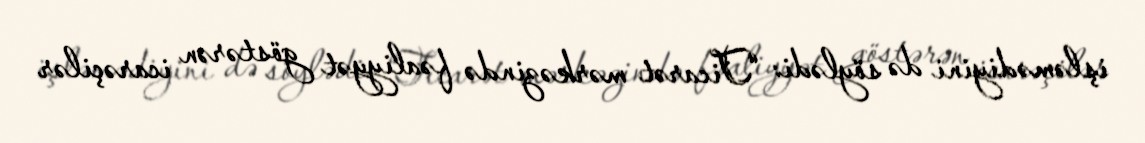
işləmədiyini də söylədi: “Ticarət mərkəzində fəaliyyət göstərən icarəçilər